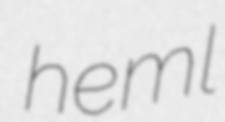
heml